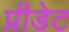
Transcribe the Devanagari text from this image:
प्रीडेट